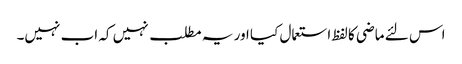
اس لئے ماضی کا لفظ استعمال کیا اور یہ مطلب نہیں کہ اب نہیں۔